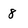
Character: 8